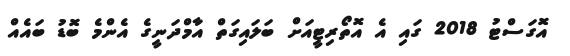
އޮގަސްޓު 2018 ގައި އެ އޮތޯރިޓީއަށް ބަލައިގަތް އާމްދަނީގެ އެންމެ ބޮޑު ބައެއް